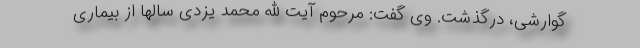
گوارشی، درگذشت. وی گفت: مرحوم آیت الله محمد یزدی سالها از بیماری